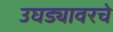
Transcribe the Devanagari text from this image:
उघड्यावरचे